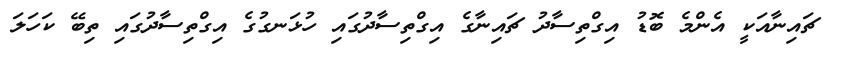
ޗައިނާއަކީ އެންމެ ބޮޑު އިގްތިސާދު ޗައިނާގެ އިގްތިސާދުގައި ހުޅަނގުގެ އިގްތިސާދުގައި ތިބޭ ކަހަލަ